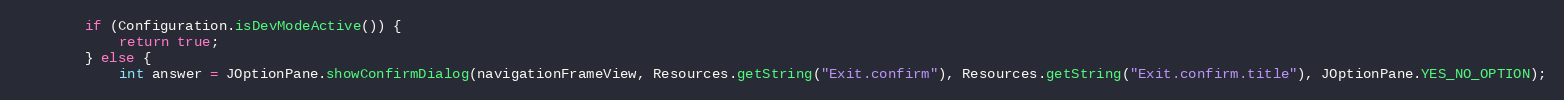
Language: Java
		if (Configuration.isDevModeActive()) {
			return true;
		} else {
			int answer = JOptionPane.showConfirmDialog(navigationFrameView, Resources.getString("Exit.confirm"), Resources.getString("Exit.confirm.title"), JOptionPane.YES_NO_OPTION);